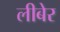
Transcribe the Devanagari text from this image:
लीबेर